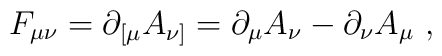
F_{\mu\nu} = \partial_{[\mu} A_{\nu]} = \partial_\mu A_\nu -\partial_\nu A_\mu \ ,